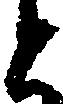
と